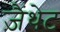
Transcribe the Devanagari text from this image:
ज़ैंथेट